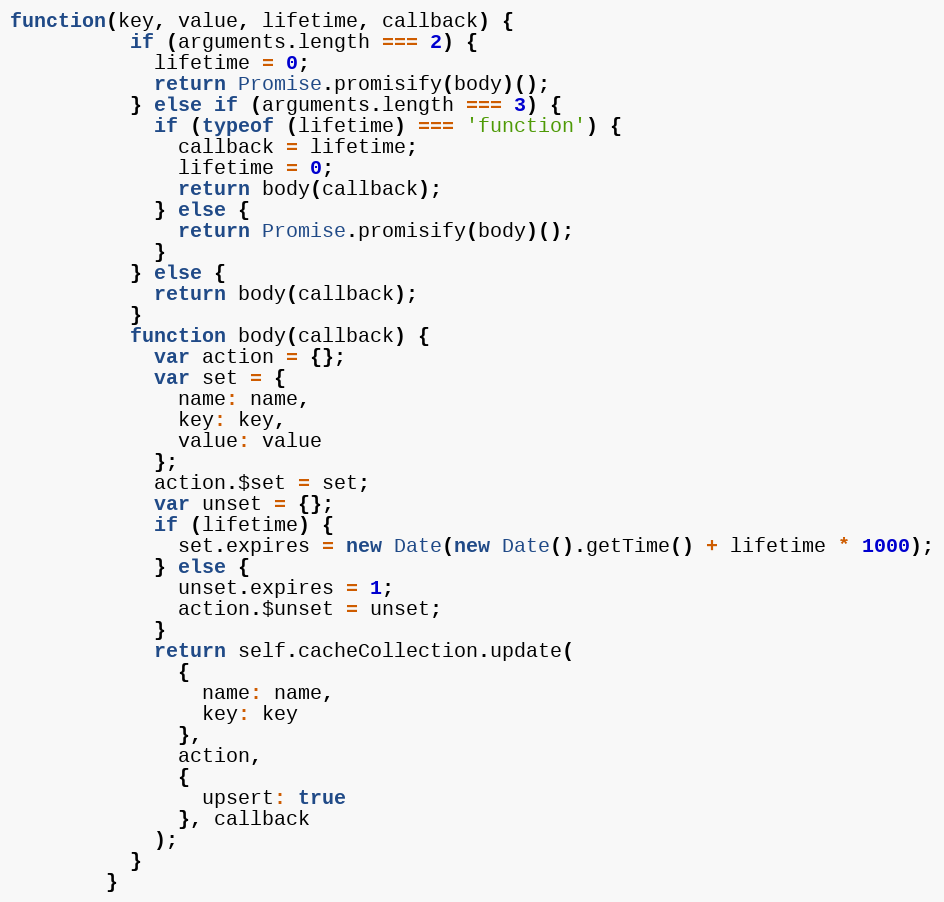
Language: JavaScript
function(key, value, lifetime, callback) {
          if (arguments.length === 2) {
            lifetime = 0;
            return Promise.promisify(body)();
          } else if (arguments.length === 3) {
            if (typeof (lifetime) === 'function') {
              callback = lifetime;
              lifetime = 0;
              return body(callback);
            } else {
              return Promise.promisify(body)();
            }
          } else {
            return body(callback);
          }
          function body(callback) {
            var action = {};
            var set = {
              name: name,
              key: key,
              value: value
            };
            action.$set = set;
            var unset = {};
            if (lifetime) {
              set.expires = new Date(new Date().getTime() + lifetime * 1000);
            } else {
              unset.expires = 1;
              action.$unset = unset;
            }
            return self.cacheCollection.update(
              {
                name: name,
                key: key
              },
              action,
              {
                upsert: true
              }, callback
            );
          }
        }